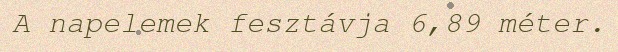
A napelemek fesztávja 6,89 méter.